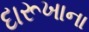
દારૂખાના